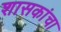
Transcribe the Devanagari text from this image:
शासकांचा